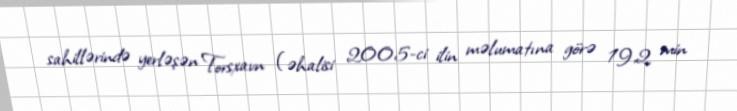
sahillərində yerləşən Torsxavn (əhalisi 2005-ci ilin məlumatına görə 19,2 min